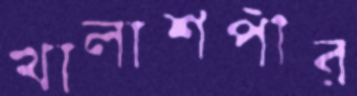
খালাশপীর